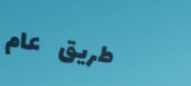
طريق عام